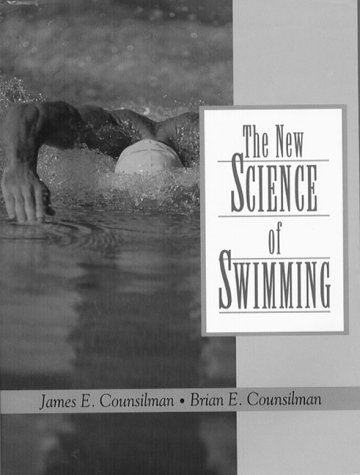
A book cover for The New Science of Swimming (2nd Edition); James E. Counsilman; Sports & Outdoors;